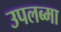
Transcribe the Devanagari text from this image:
उपलब्मा